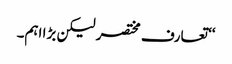
‘‘ تعارف مختصر لیکن بڑا اہم۔